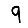
Digit: 9